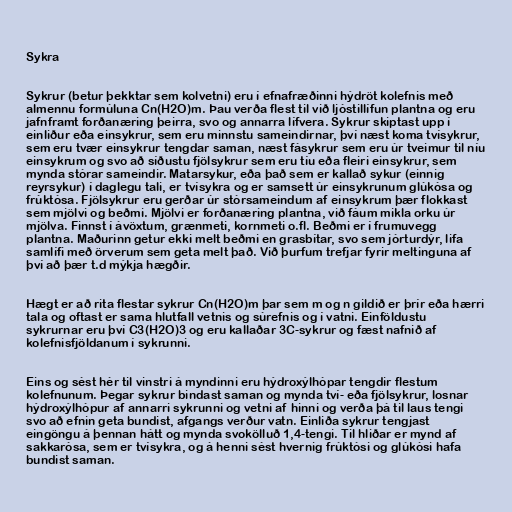
Sykra

Sykrur (betur þekktar sem kolvetni) eru í efnafræðinni hýdröt kolefnis með
almennu formúluna Cn(H2O)m. Þau verða flest til við ljóstillífun plantna og eru
jafnframt forðanæring þeirra, svo og annarra lífvera. Sykrur skiptast upp í
einliður eða einsykrur, sem eru minnstu sameindirnar, því næst koma tvísykrur,
sem eru tvær einsykrur tengdar saman, næst fásykrur sem eru úr tveimur til níu
einsykrum og svo að síðustu fjölsykrur sem eru tíu eða fleiri einsykrur, sem
mynda stórar sameindir. Matarsykur, eða það sem er kallað sykur (einnig
reyrsykur) í daglegu tali, er tvísykra og er samsett úr einsykrunum glúkósa og
frúktósa. Fjölsykrur eru gerðar úr stórsameindum af einsykrum þær flokkast
sem mjölvi og beðmi. Mjölvi er forðanæring plantna, við fáum mikla orku úr
mjölva. Finnst í ávöxtum, grænmeti, kornmeti o.fl. Beðmi er í frumuvegg
plantna. Maðurinn getur ekki melt beðmi en grasbítar, svo sem jórturdýr, lifa
samlífi með örverum sem geta melt það. Við þurfum trefjar fyrir meltinguna af
því að þær t.d mýkja hægðir.

Hægt er að rita flestar sykrur Cn(H2O)m þar sem m og n gildið er þrír eða hærri
tala og oftast er sama hlutfall vetnis og súrefnis og í vatni. Einföldustu
sykrurnar eru því C3(H2O)3 og eru kallaðar 3C-sykrur og fæst nafnið af
kolefnisfjöldanum í sykrunni.

Eins og sést hér til vinstri á myndinni eru hýdroxýlhópar tengdir flestum
kolefnunum. Þegar sykrur bindast saman og mynda tví- eða fjölsykrur, losnar
hýdroxýlhópur af annarri sykrunni og vetni af hinni og verða þá til laus tengi
svo að efnin geta bundist, afgangs verður vatn. Einliða sykrur tengjast
eingöngu á þennan hátt og mynda svokölluð 1,4-tengi. Til hliðar er mynd af
sakkarósa, sem er tvísykra, og á henni sést hvernig frúktósi og glúkósi hafa
bundist saman.